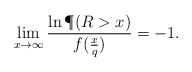
\begin{align*}\lim_{x\to\infty}\frac{\ln \P(R>x)}{f(\frac x{q})}=-1.\end{align*}